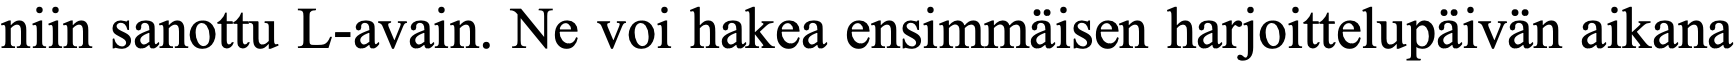
niin sanottu L-avain. Ne voi hakea ensimmäisen harjoittelupäivän aikana